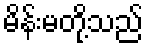
မိန်းမတို့သည်